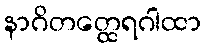
နာဂိတတ္ထေရဂါထာ